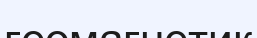
геомагнетик